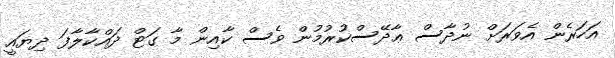
އަހަރެން އެވަރަށް ނުދާސް ޢާދޭސްކުރުމުން ވެސް ކާއިން މާ ގަޓް ދައްކާލާފަ ދިޔައީ